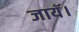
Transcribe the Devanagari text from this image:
जायॅ।